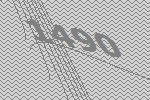
1490